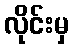
လိုင်းမှ